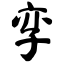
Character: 孪